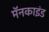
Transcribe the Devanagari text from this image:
मॅनकाइंड